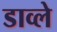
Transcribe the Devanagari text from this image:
डाव्ले